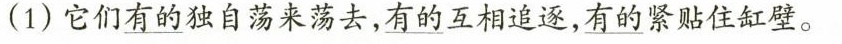
(1)它们\underline{有的}独自荡来荡去，\underline{有的}互相追逐，\underline{有的}紧贴住缸壁。